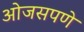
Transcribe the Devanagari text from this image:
ओजसपणे